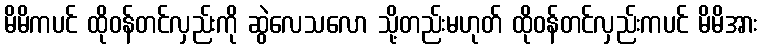
မိမိကပင် ထိုဝန်တင်လှည်းကို ဆွဲလေသလော သို့တည်းမဟုတ် ထိုဝန်တင်လှည်းကပင် မိမိအား